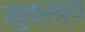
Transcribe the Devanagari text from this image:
मुक्ख्य